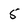
Character: 5